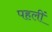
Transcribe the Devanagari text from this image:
पहलीं